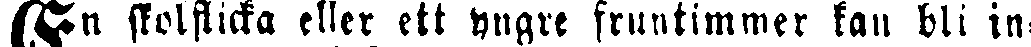
En skolflicka eller ett yngre fruntimmer kan bli in-